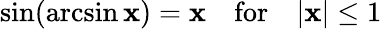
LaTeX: \sin(\arcsin\mathbf{x})=\mathbf{x}\quad{\mathrm{{for}}}\quad|\mathbf{x}|\leq1